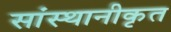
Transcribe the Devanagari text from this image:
सांस्थानीकृत